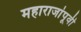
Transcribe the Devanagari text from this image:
महाराजांपूर्वी